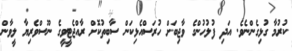
ކުރުމާ ގުޅިގެންނެވެ. އަދި ފުލުހުންގެ ވާޖިބަށް ހުރަސްއެޅިކަން ސާބިތުކޮށް ރާއްޖެޓީވީގެ ނޫސްވެރިޔާ ލީވާން